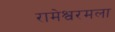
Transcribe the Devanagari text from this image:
रामेश्वरमला